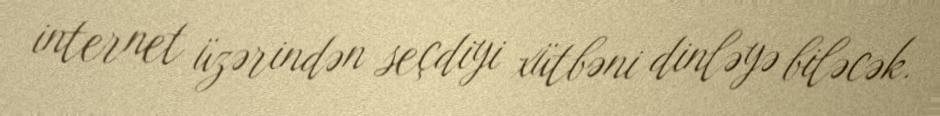
internet üzərindən seçdiyi xütbəni dinləyə biləcək.